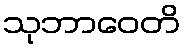
သုဘာဝေတိ